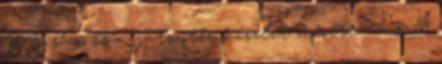
Masha és a játszótér készlet mérete: 12 x 13